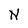
Character: N